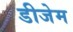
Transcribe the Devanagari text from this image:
डीजेम